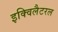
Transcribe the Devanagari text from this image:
इक्विलैटरल